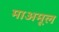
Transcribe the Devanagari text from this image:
माअमूल